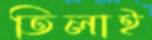
তিলাই